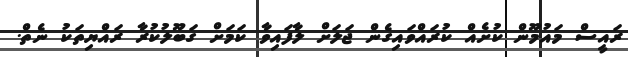
ރައީސް މައުމޫން ކުށެއް ކުރައްވައިގެން ޖަލަށް ލާފައިވާ ކަމަށް ގަބޫލުކުރާ ރައްޔިތަކު ނެތް.